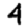
Digit: 4